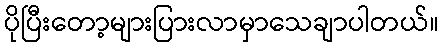
ပိုပြီးတော့များပြားလာမှာသေချာပါတယ်။